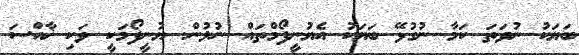
ބަޔަކު ނުވަތަ ކަމާ ނުގުޅޭ ބަޔަކު އެޔުނީފޯމްތައް ނުލުން. ޔުނީފޯމަކީ ވަކި ޚާއްސަ